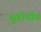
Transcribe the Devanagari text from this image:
सुडोनीम